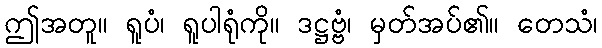
ဤအတူ။ ရူပံ၊ ရူပါရုံကို။ ဒဋ္ဌဗ္ဗံ၊ မှတ်အပ်၏။ တေသံ၊